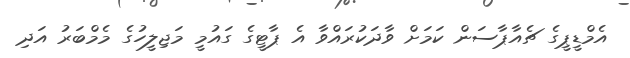
އެމްޑީޕީގެ ޗެއާޕާސަން ކަމަށް ވާދަކުރައްވާ އެ ޕާޓީގެ ގައުމީ މަޖިލީހުގެ މެމްބަރު އަދި